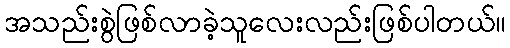
အသည်းစွဲဖြစ်လာခဲ့သူလေးလည်းဖြစ်ပါတယ်။